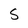
Character: S